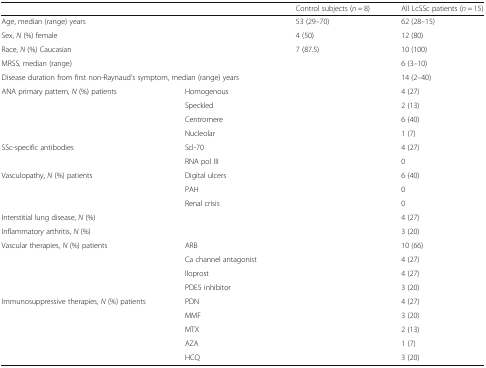
<table><thead><tr><td colspan="2"></td><td><b>Control subjects (<i>n</i> = 8)</b></td><td><b>All LcSSc patients (<i>n</i> = 15)</b></td></tr></thead><tbody><tr><td colspan="2">Age, median (range) years</td><td>53 (29–70)</td><td>62 (28–15)</td></tr><tr><td colspan="2">Sex, <i>N</i> (%) female</td><td>4 (50)</td><td>12 (80)</td></tr><tr><td colspan="2">Race, <i>N</i> (%) Caucasian</td><td>7 (87.5)</td><td>10 (100)</td></tr><tr><td colspan="2">MRSS, median (range)</td><td></td><td>6 (3–10)</td></tr><tr><td colspan="2">Disease duration from first non-Raynaud’s symptom, median (range) years</td><td></td><td>14 (2–40)</td></tr><tr><td rowspan="4">ANA primary pattern, <i>N</i> (%) patients</td><td>Homogenous</td><td></td><td>4 (27)</td></tr><tr><td>Speckled</td><td></td><td>2 (13)</td></tr><tr><td>Centromere</td><td></td><td>6 (40)</td></tr><tr><td>Nucleolar</td><td></td><td>1 (7)</td></tr><tr><td rowspan="2">SSc-specific antibodies</td><td>Scl-70</td><td></td><td>4 (27)</td></tr><tr><td>RNA pol III</td><td></td><td>0</td></tr><tr><td rowspan="3">Vasculopathy, <i>N</i> (%) patients</td><td>Digital ulcers</td><td></td><td>6 (40)</td></tr><tr><td>PAH</td><td></td><td>0</td></tr><tr><td>Renal crisis</td><td></td><td>0</td></tr><tr><td colspan="2">Interstitial lung disease, <i>N</i> (%)</td><td></td><td>4 (27)</td></tr><tr><td colspan="2">Inflammatory arthritis, <i>N</i> (%)</td><td></td><td>3 (20)</td></tr><tr><td rowspan="4">Vascular therapies, <i>N</i> (%) patients</td><td>ARB</td><td></td><td>10 (66)</td></tr><tr><td>Ca channel antagonist</td><td></td><td>4 (27)</td></tr><tr><td>Iloprost</td><td></td><td>4 (27)</td></tr><tr><td>PDE5 inhibitor</td><td></td><td>3 (20)</td></tr><tr><td rowspan="5">Immunosuppressive therapies, <i>N</i> (%) patients</td><td>PDN</td><td></td><td>4 (27)</td></tr><tr><td>MMF</td><td></td><td>3 (20)</td></tr><tr><td>MTX</td><td></td><td>2 (13)</td></tr><tr><td>AZA</td><td></td><td>1 (7)</td></tr><tr><td>HCQ</td><td></td><td>3 (20)</td></tr></tbody></table>